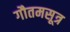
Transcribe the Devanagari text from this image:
गौतमसूत्र